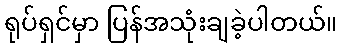
ရုပ်ရှင်မှာ ပြန်အသုံးချခဲ့ပါတယ်။